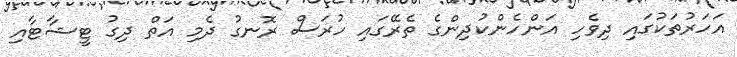
އަހަރުތަކުގައި ދިވެހި އަންހެންކުދިންގެ ތެރޭގައި ހުރަސް ރޮނގު ދެމި އަތް ދިގު ޓީޝާޓާއި